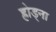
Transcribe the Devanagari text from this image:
ह्रोड्ना